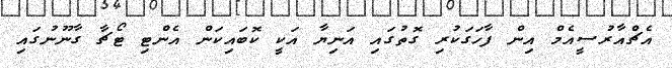
އެޗްއާރުސީއެމް އިން ފާހަގަކުރި ގޮތުގައި އަނިޔާ އަކީ ކޮބައިކަން އެންޓި ޓޯޗާ ގާނޫނުގައި